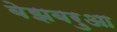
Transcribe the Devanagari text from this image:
बेझबरुआ